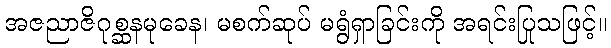
အဇညာဇိဂုစ္ဆနမုခေန၊ မစက်ဆုပ် မရွံရှာခြင်းကို အရင်းပြုသဖြင့်။